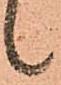
候